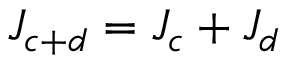
J _ { c + d } = J _ { c } + J _ { d }